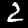
Label: 2